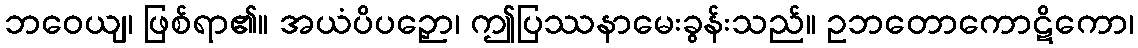
ဘဝေယျ၊ ဖြစ်ရာ၏။ အယံပိပဉှော၊ ဤပြဿနာမေးခွန်းသည်။ ဥဘတောကောဋိကော၊